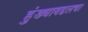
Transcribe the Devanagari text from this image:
हुंड्याबद्दलचा